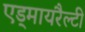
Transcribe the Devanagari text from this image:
एड्मायरैल्टी